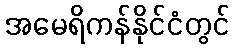
အမေရိကန်နိုင်ငံတွင်